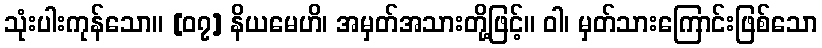
သုံးပါးကုန်သော။ [၀၇] နိယမေဟိ၊ အမှတ်အသားတို့ဖြင့်။ ဝါ၊ မှတ်သားကြောင်းဖြစ်သော